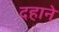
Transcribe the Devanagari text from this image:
दहाने